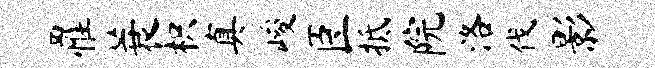
罹蓑枳真峻臣抵院洛伐影